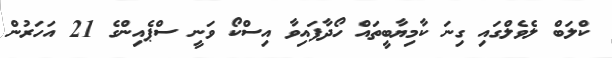
ކްލަބް ލެވެލްގައި ގިނަ ކާމިޔާބީތައް ހޯދާފައިވާ އިސްކޯ ވަނީ ސްޕެއިންގެ 21 އަހަރުން